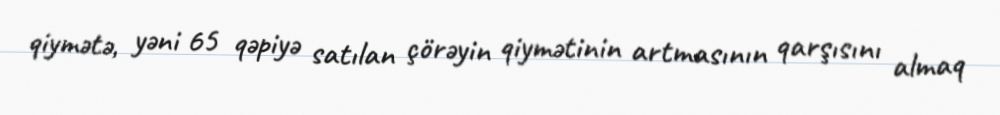
qiymətə, yəni 65 qəpiyə satılan çörəyin qiymətinin artmasının qarşısını almaq